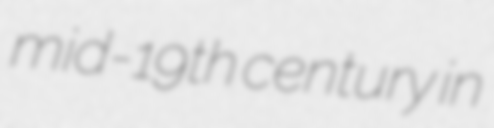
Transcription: mid-19th century in